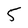
Character: 5